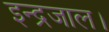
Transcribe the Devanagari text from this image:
इन्द्रजाल।